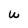
Character: W